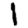
Digit: 1